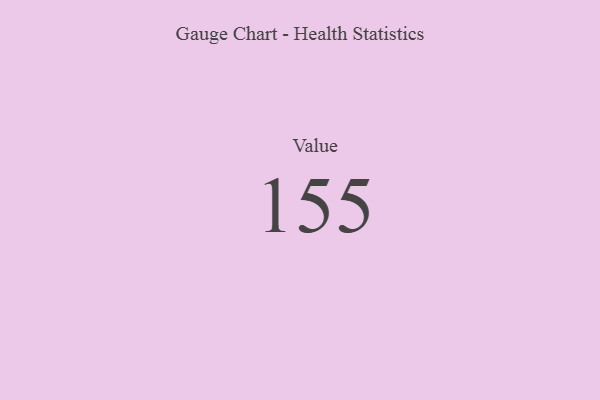
{"axis": {"x": "Metric", "y": "Value"}, "legend": [""], "data": [{"x": "Value", "y": 155, "type": ""}]}